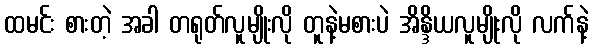
ထမင်း စားတဲ့ အခါ တရုတ်လူမျိုးလို တူနဲ့မစားပဲ အိန္ဒိယလူမျိုးလို လက်နဲ့